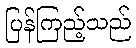
ပြန်ကြည့်သည်